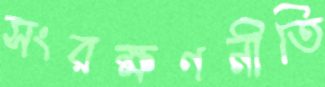
সংরক্ষণনীতি